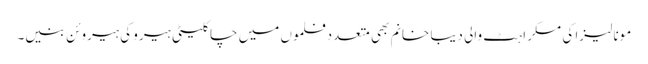
مونا لیزا کی مسکراہٹ والی دیبا خانم بھی متعددفلموں میں چاکلیٹی ہیرو کی ہیروئن بنیں۔